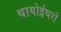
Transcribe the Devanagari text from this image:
थायोईथरों